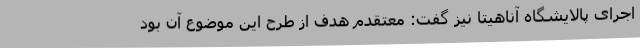
اجرای پالایشگاه آناهیتا نیز گفت: معتقدم هدف از طرح این موضوع آن بود